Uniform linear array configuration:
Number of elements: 64
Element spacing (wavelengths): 0.5
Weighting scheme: kaiser
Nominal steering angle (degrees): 15
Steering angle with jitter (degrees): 13.76
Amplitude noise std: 0.05
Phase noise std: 0.05

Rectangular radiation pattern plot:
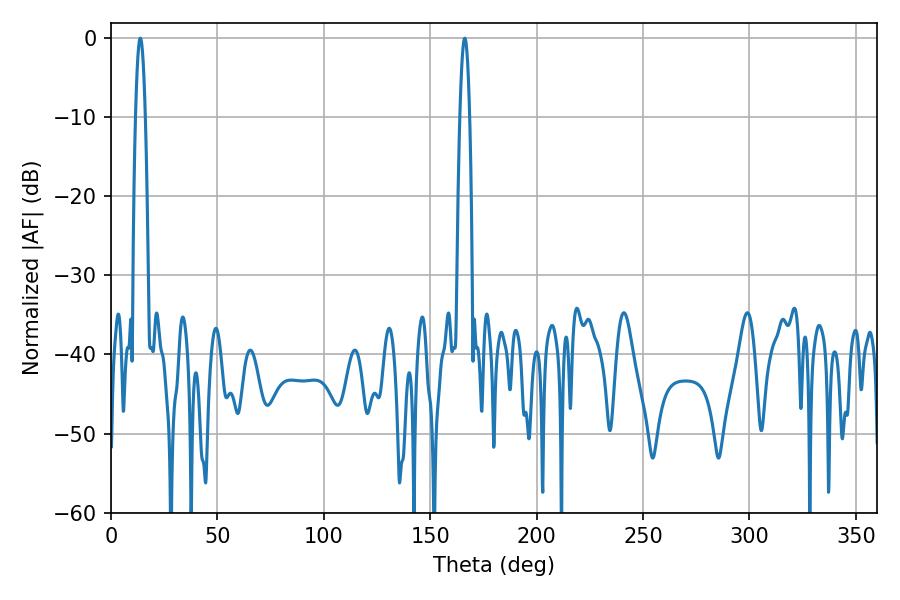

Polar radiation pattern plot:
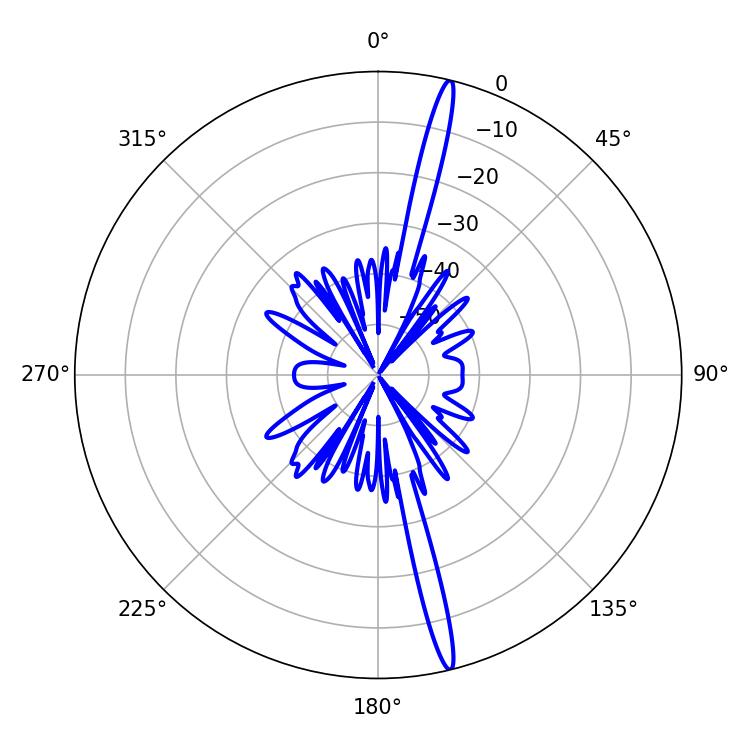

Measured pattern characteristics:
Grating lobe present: FALSE
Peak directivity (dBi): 19.409
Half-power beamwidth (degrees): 2.34
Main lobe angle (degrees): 166.14